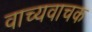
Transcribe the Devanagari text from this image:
वाच्यवाचक